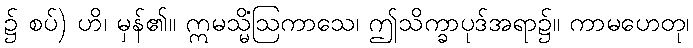
၌ စပ်) ဟိ၊ မှန်၏။ ဣမသ္မိံဩကာသေ၊ ဤသိက္ခာပုဒ်အရာ၌။ ကာမဟေတု၊